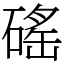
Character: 磘